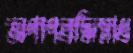
অপাপবদ্ধিমাধ